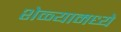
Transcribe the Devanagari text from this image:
शेळ्यामध्ये